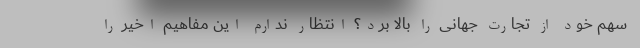
سهم خود از تجارت جهانی را بالا برد؟ انتظار ندارم این مفاهیم اخیر را